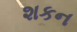
શકન